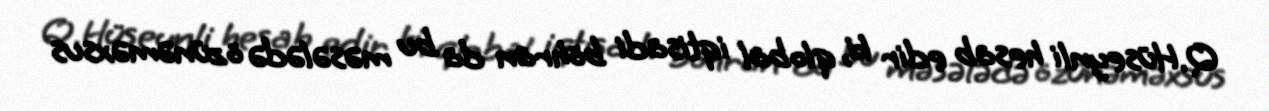
Q.Hüseynli hesab edir ki, qlobal iqtisadi böhran da bu məsələdə özünəməxsus